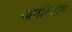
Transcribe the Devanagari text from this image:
जनविहीन